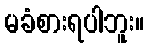
မခံစားရပါဘူး။